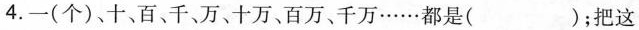
4.一(个)、十、百、千、万、十万、百万、千万……都是( )；把这